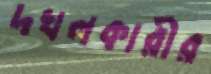
দখলকারীর